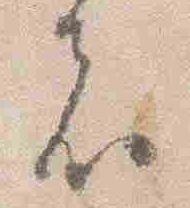
者